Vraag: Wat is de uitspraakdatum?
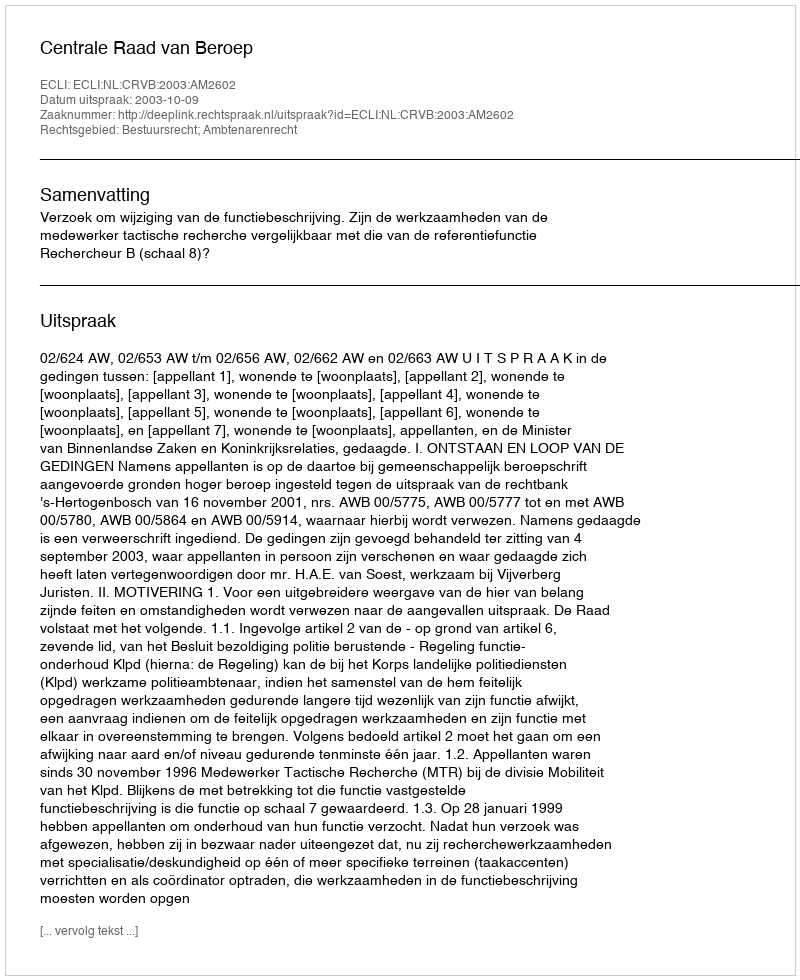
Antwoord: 2003-10-09